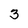
Character: 3